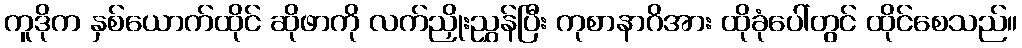
ကူဒိုက နှစ်ယောက်ထိုင် ဆိုဖာကို လက်ညှိုးညွှန်ပြီး ကုစာနာဂိအား ထိုခုံပေါ်တွင် ထိုင်စေသည်။